Malaria in the Duars
Disease focus: Malaria
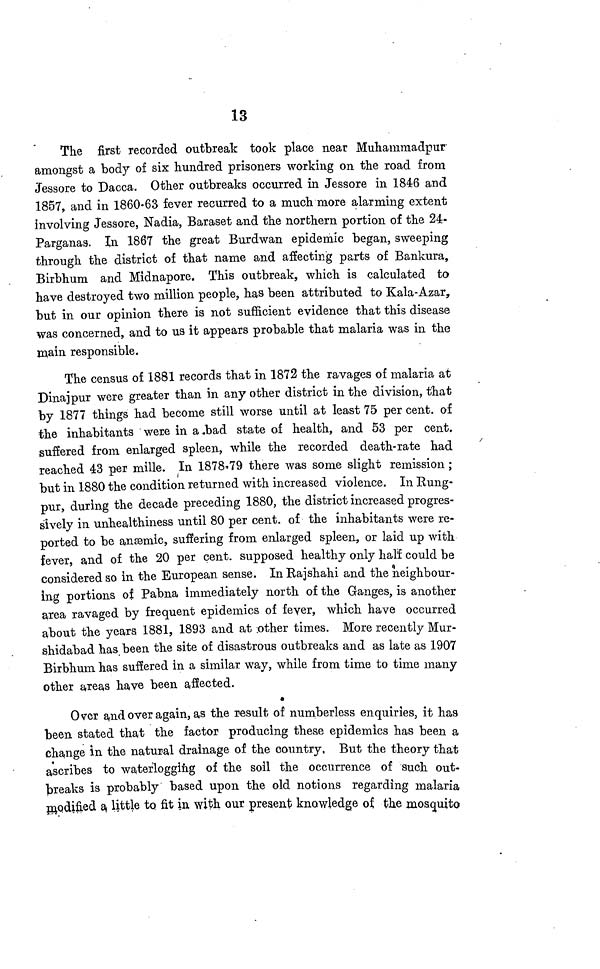
13
The first recorded outbreak took place near Muhammadpur
amongst a body of six hundred prisoners working on the road from
Jessore to Dacca. Other outbreaks occurred in Jessore in 1846 and
1857, and in 1860-63 fever recurred to a much more alarming extent
involving Jessore, Nadia, Baraset and the northern portion of the 24-
Parganas. In 1867 the great Burdwan epidemic began, sweeping
through the district of that name and affecting parts of Bankura,
Birbhum and Midnapore. This outbreak, which is calculated to
have destroyed two million people, has been attributed to Kala-Azar,
but in our opinion there is not sufficient evidence that this disease
was concerned, and to us it appears probable that malaria was in the
main responsible.
The census of 1881 records that in 1872 the ravages of malaria at
Dinajpur were greater than in any other district in the division, that
by 1877 things had become still worse until at least 75 per cent, of
the inhabitants were in a .bad state of health, and 53 per cent.
suffered from enlarged spleen, while the recorded death-rate had
reached 43 per mille. In 1878-79 there was some slight remission ;
but in 1880 the condition returned with increased violence. In Rung-
pur, during the decade preceding 1880, the district increased progres-
sively in unhealthiness until 80 per cent. of the inhabitants were re-
ported to be anæmic, suffering from enlarged spleen, or laid up with
fever, and of the 20 per cent. supposed healthy only half could be
considered so in the European sense. In Rajshahi and the neighbour-
Ing portions of Pabna immediately north of the Ganges, is another
area ravaged by frequent epidemics of fever, which have occurred
about the years 1881, 1893 and at .other times. More recently Mur-
shidabad has. been the site of disastrous outbreaks and as late as 1907
Birbhum has suffered in a similar way, while from time to time many
other areas have been affected.
Over and over again, as the result of numberless enquiries, it has
been stated that the factor producing these epidemics has been a
change in the natural drainage of the country, But the theory that
ascribes to waterlogging of the soil the occurrence of such out-
freaks is probably based upon the old notions regarding malaria
modified a little to fit in with our present knowledge of. the mosquito